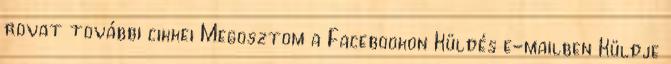
rovat további cikkei Megosztom a Facebookon Küldés e-mailben Küldje